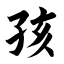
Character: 孩